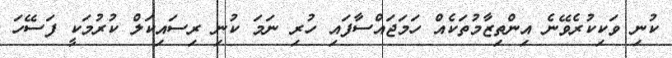
ކުނި ވަކިކުރެވޭނެ އިންތިޒާމުތަކެއް ހަމަޖައްސާފައި ހުރި ނަމަ ކުނި ރިސައިކަލް ކުރުމަކީ ފަސޭހަ